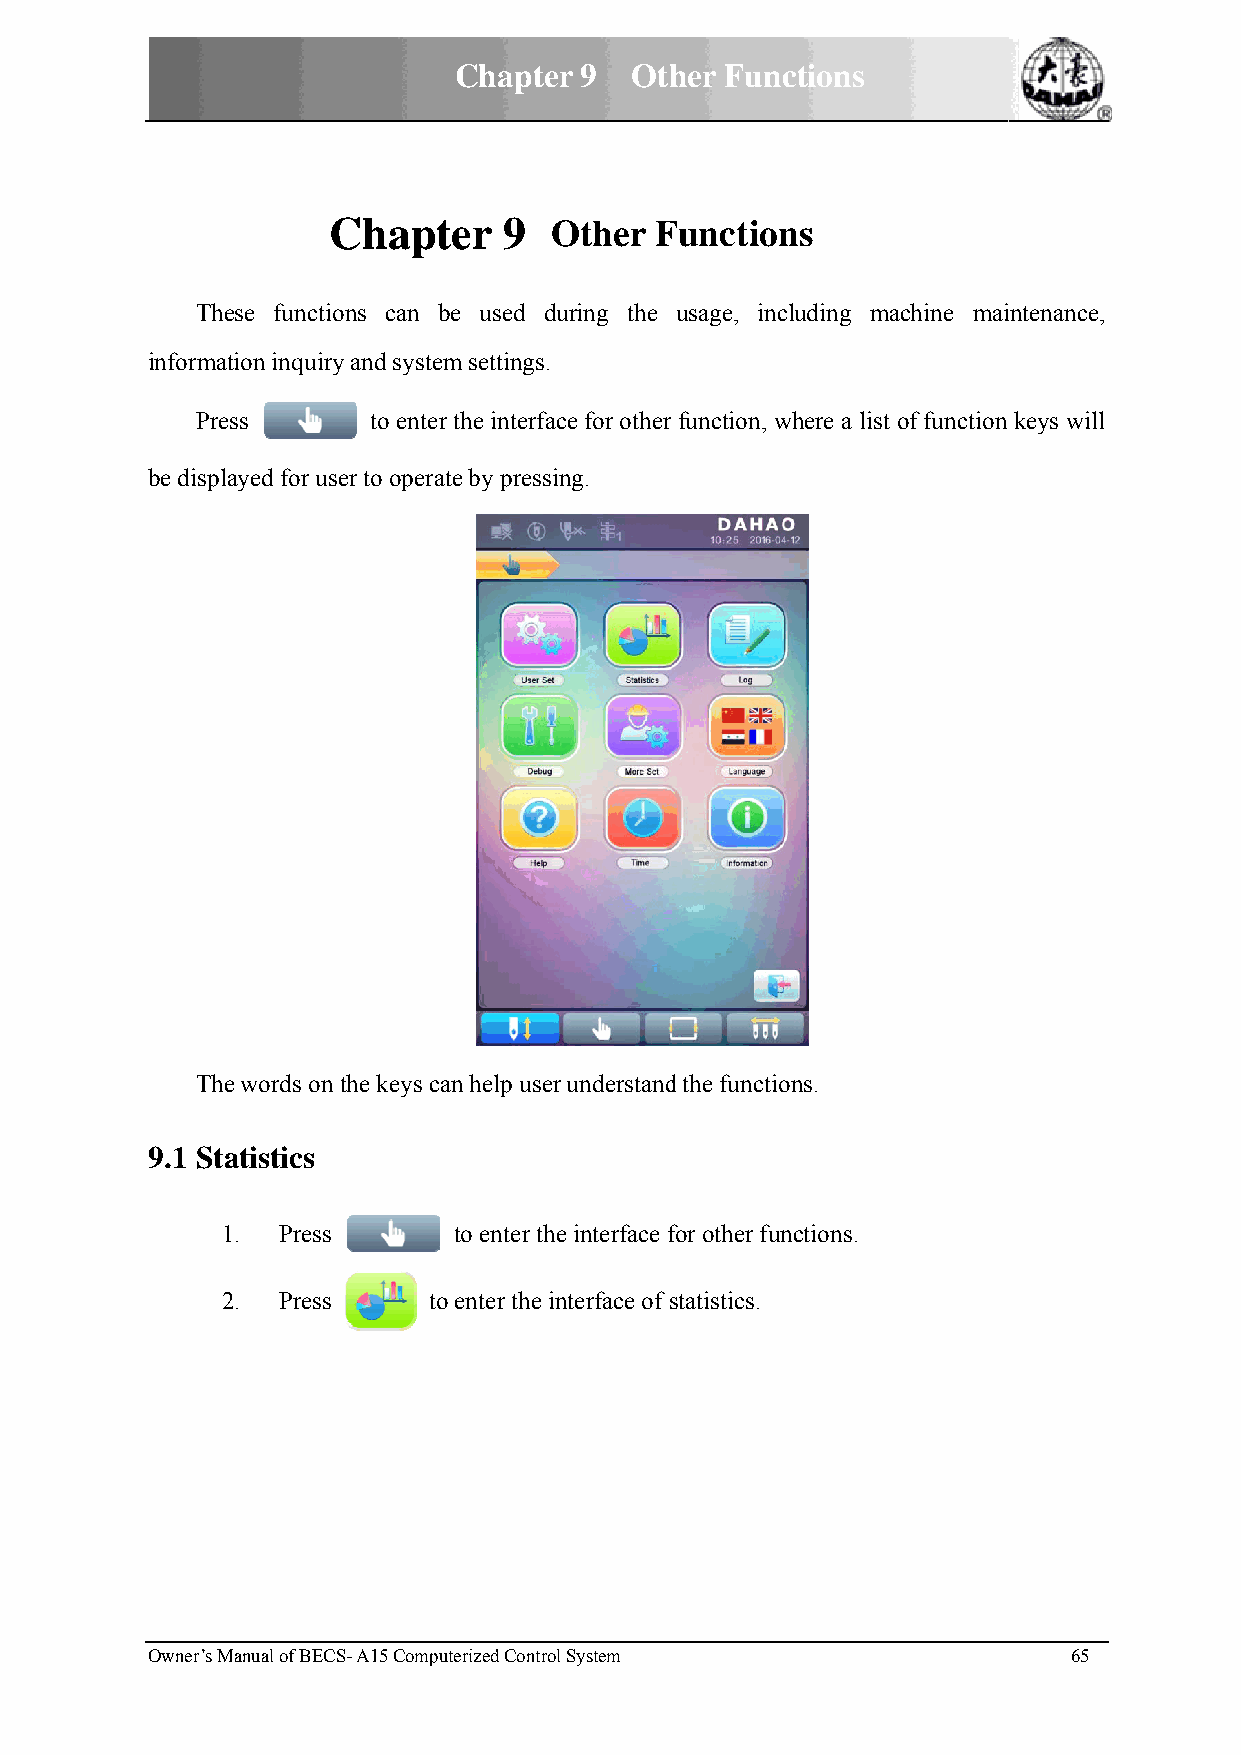
Chapterr 9  Othher Funcctions
 CChaptter  9  OOther FFunctionns
 These functioons can bbe used duuring the usage, inccluding maachine maiintenance,
 informaation inquiryy and systemm settings.
 Preess      to enter the interfacce for other function, wwhere a list of function keys will
 be displlayed for usser to operatte by pressinng.
 The words on the keys caan help userr understandd the functioons.
 9.1 Statistics
 1. Press       to enter thee interface ffor other funnctions.
 22. Press    to enter the innterface of sstatistics.
 Owner’s MManual of BECS- A15 Computerized Controll System    65